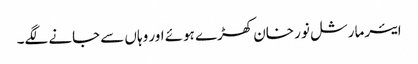
ایئرمارشل نور خان کھڑے ہوئے اور وہاں سے جانے لگے۔